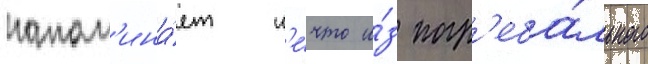
напом'ина́ет н'е́что и́з погр'еба́льного